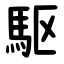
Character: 駆